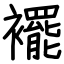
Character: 襬